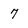
Character: 7